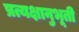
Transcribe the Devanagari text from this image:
प्रत्यक्षानुभूती